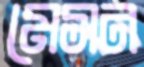
মেসন